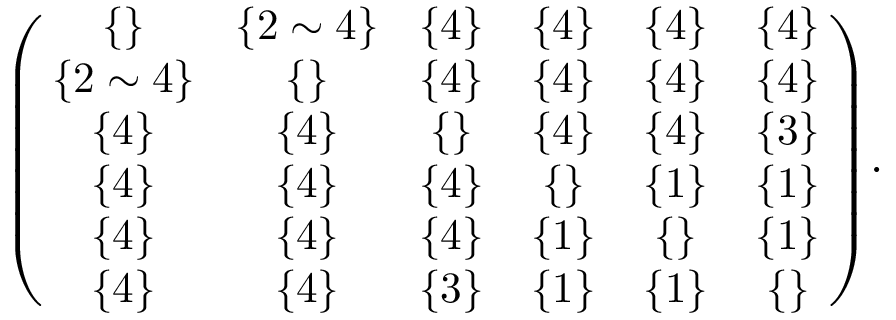
\begin{array} { r } { \small { \left( \! \! \begin{array} { c c c c c c } { \{ \} } & { \! \{ 2 \sim 4 \} \! } & { \{ 4 \} } & { \{ 4 \} } & { \{ 4 \} } & { \{ 4 \} } \\ { \{ 2 \sim 4 \} } & { \{ \} } & { \{ 4 \} } & { \{ 4 \} } & { \{ 4 \} } & { \{ 4 \} } \\ { \{ 4 \} } & { \{ 4 \} } & { \{ \} } & { \{ 4 \} } & { \{ 4 \} } & { \{ 3 \} } \\ { \{ 4 \} } & { \{ 4 \} } & { \{ 4 \} } & { \{ \} } & { \{ 1 \} } & { \{ 1 \} } \\ { \{ 4 \} } & { \{ 4 \} } & { \{ 4 \} } & { \{ 1 \} } & { \{ \} } & { \{ 1 \} } \\ { \{ 4 \} } & { \{ 4 \} } & { \{ 3 \} } & { \{ 1 \} } & { \{ 1 \} } & { \{ \} } \end{array} \! \! \right) \! . } } \end{array}